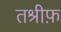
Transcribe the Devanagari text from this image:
तश्रीफ़